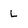
Character: L